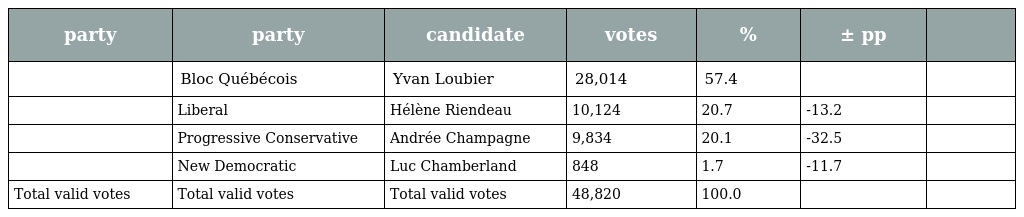
| party | party | candidate | votes | % | ± pp |  |
 | --- | --- | --- | --- | --- | --- | --- |
 |  | Bloc Québécois | Yvan Loubier | 28,014 | 57.4 |  |  |
 |  | Liberal | Hélène Riendeau | 10,124 | 20.7 | -13.2 |  |
 |  | Progressive Conservative | Andrée Champagne | 9,834 | 20.1 | -32.5 |  |
 |  | New Democratic | Luc Chamberland | 848 | 1.7 | -11.7 |  |
 | Total valid votes | Total valid votes | Total valid votes | 48,820 | 100.0 |  |  |